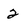
Character: 2